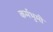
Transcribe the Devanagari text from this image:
कर्मभुमी